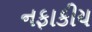
નફાકીય